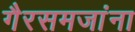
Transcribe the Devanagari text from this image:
गैरसमजांना